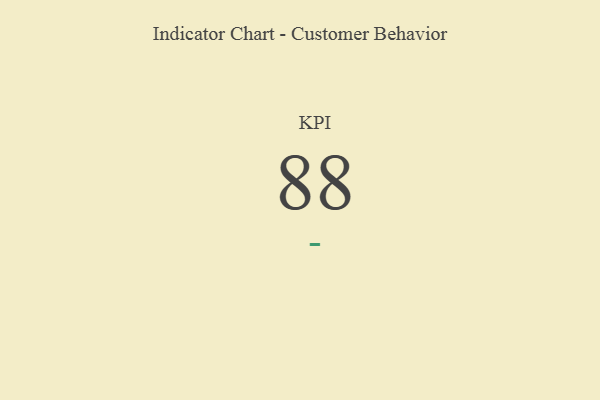
{"axis": {"x": "KPI", "y": "Value"}, "legend": [""], "data": [{"x": "KPI", "y": 88, "type": ""}]}